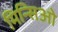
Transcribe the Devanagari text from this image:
मिन्सिओ